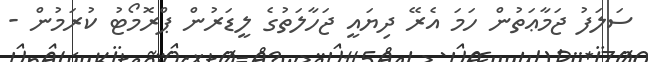
ސަލަފު ޖަމާޢަތުން ހަމަ އެރޭ ދިޔައީ ޖަހާލަތުގެ ލީޑަރުން ޕްރޮމޯޓު ކުރަމުން -